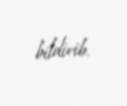
bildirib.